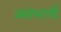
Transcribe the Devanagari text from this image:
असंभरणी